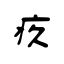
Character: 疚